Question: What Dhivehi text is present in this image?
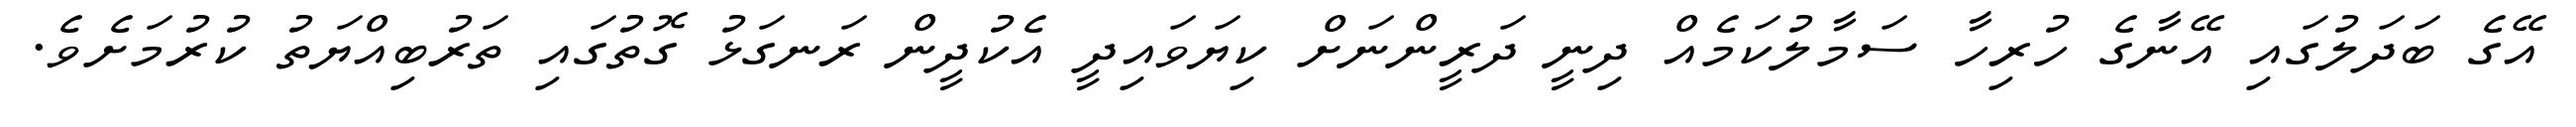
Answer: އޭގެ ބަދަލުގައި އޭނާގެ ހުރިހާ ސަމާލުކަމެއް ދިނީ ދަރީންނަށް ކިޔަވައިދީ އެކުދީން ރަނގަޅު ގޮތުގައި ތަރުބިއްޔަތު ކުރުމަށެވެ.